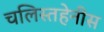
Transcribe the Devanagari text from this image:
चलिस्तहेनीस